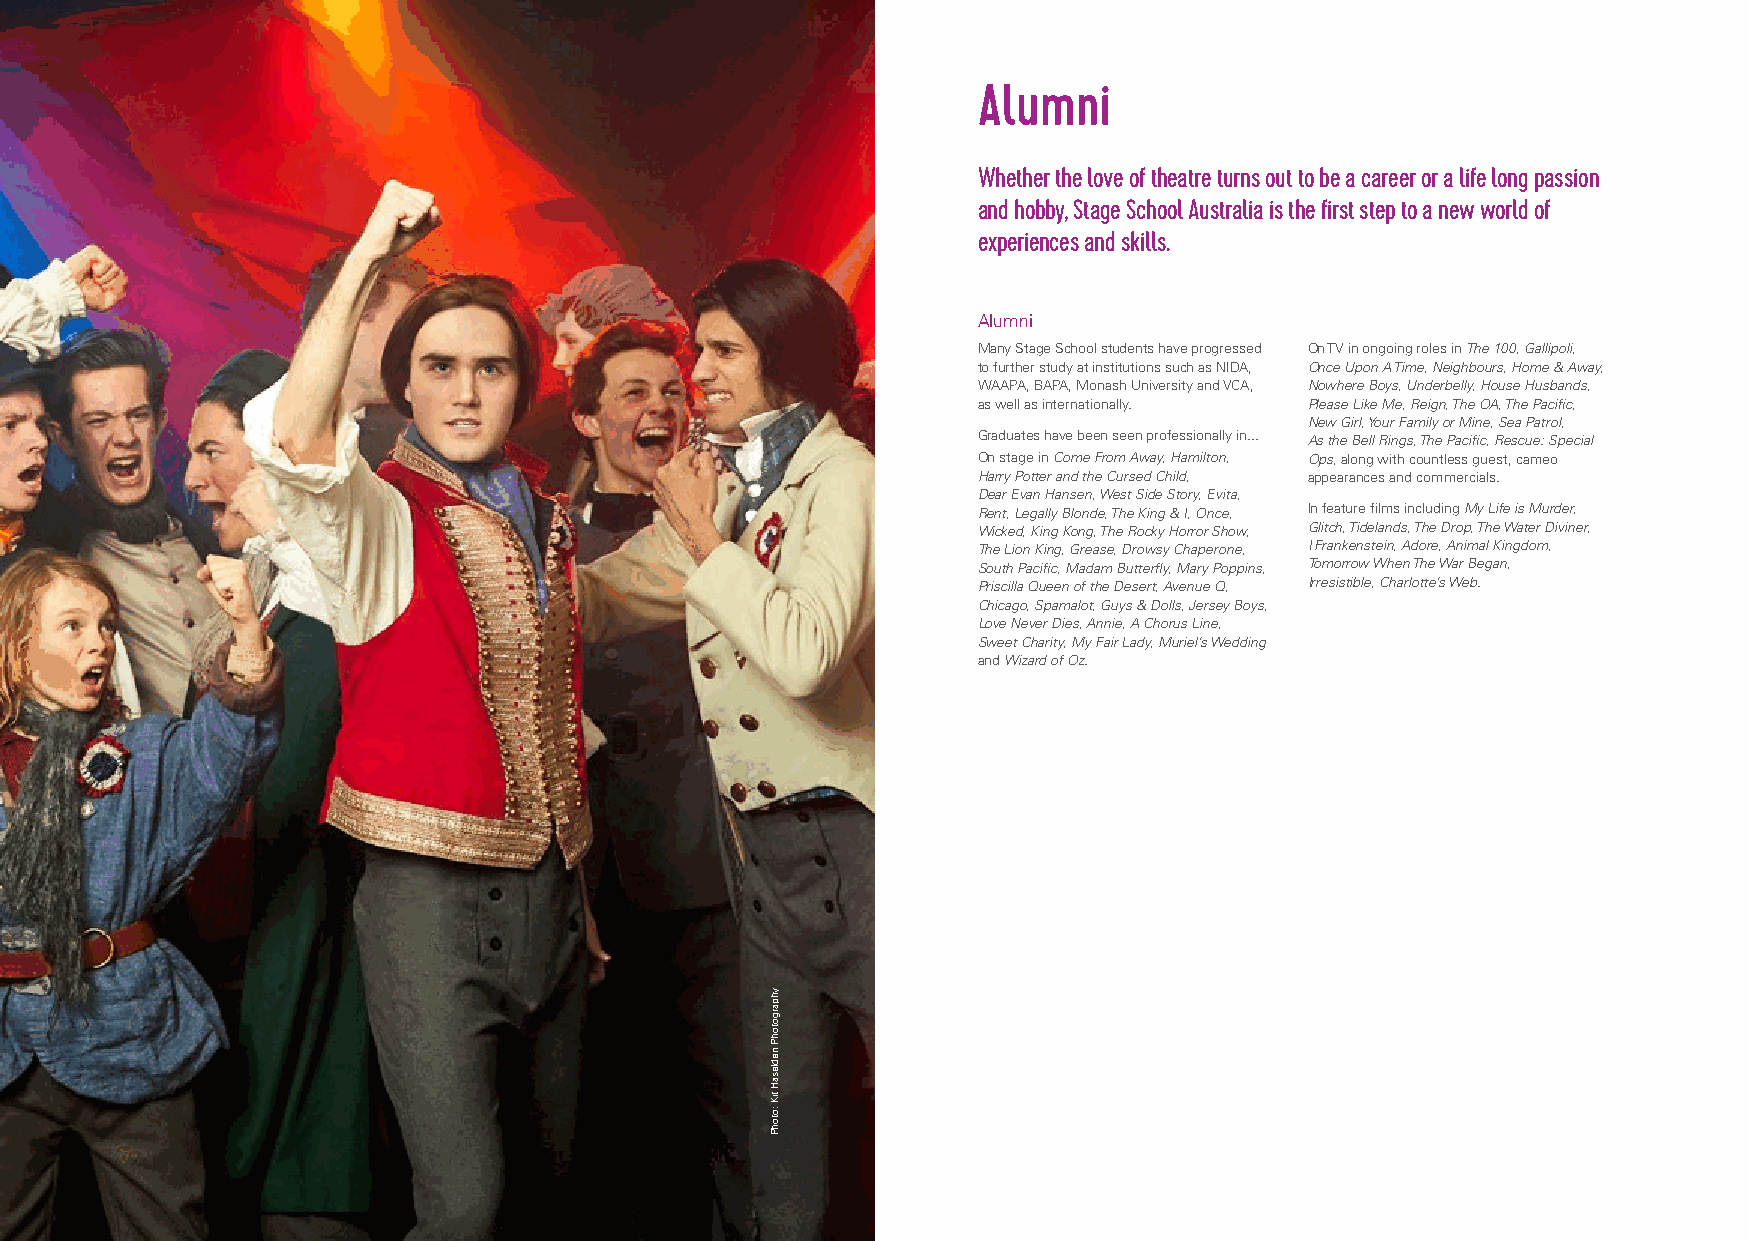
Alumni
 Whether the love of theatre turns out to be a career or a life long passion
 and hobby, Stage School Australia is the first step to a new world of
 experiences and skills.
 Alumni
 Many Stage School students have progressed On TV in ongoing roles in The 100, Gallipoli,
 to further study at institutions such as NIDA, Once Upon A Time, Neighbours, Home & Away,
 WAAPA, BAPA, Monash University and VCA, Nowhere Boys, Underbelly, House Husbands,
 as well as internationally. Please Like Me, Reign, The OA, The Pacific,
 New Girl, Your Family or Mine, Sea Patrol,
 Graduates have been seen professionally in... As the Bell Rings, The Pacific, Rescue: Special
 On stage in Come From Away, Hamilton, Ops, along with countless guest, cameo
 Harry Potter and the Cursed Child, appearances and commercials.
 Dear Evan Hansen, West Side Story, Evita,
 Rent, Legally Blonde, The King & I, Once, In feature films including My Life is Murder,
 Wicked, King Kong, The Rocky Horror Show, Glitch, Tidelands, The Drop, The Water Diviner,
 The Lion King, Grease, Drowsy Chaperone, I Frankenstein, Adore, Animal Kingdom,
 South Pacific, Madam Butterfly, Mary Poppins, Tomorrow When The War Began,
 Priscilla Queen of the Desert, Avenue Q, Irresistible, Charlotte’s Web.
 Chicago, Spamalot, Guys & Dolls, Jersey Boys,
 Love Never Dies, Annie, A Chorus Line,
 Sweet Charity, My Fair Lady, Muriel’s Wedding
 and Wizard of Oz.
 yhpargotohP
 nedlesaH
 tiK
 :otohP